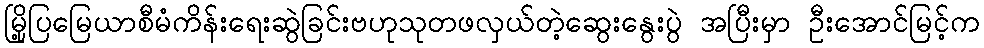
မြို့ပြမြေယာစီမံကိန်းရေးဆွဲခြင်းဗဟုသုတဖလှယ်တဲ့ဆွေးနွေးပွဲ အပြီးမှာ ဦးအောင်မြင့်က